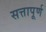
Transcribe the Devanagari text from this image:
सत्तापूर्ण